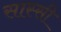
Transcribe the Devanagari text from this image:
सास्सी